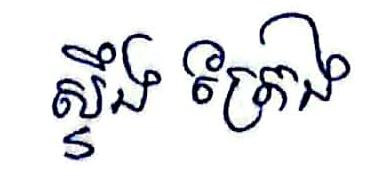
ស្ទឹងត្រែង